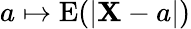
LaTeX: a\mapsto\operatorname{E}(|\mathbf{X}-a|)